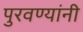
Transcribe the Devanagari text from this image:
पुरवण्यांनी